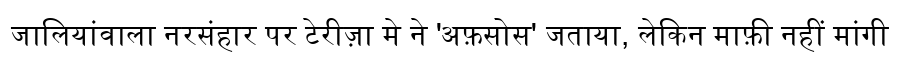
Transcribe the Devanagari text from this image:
जालियांवाला नरसंहार पर टेरीज़ा मे ने 'अफ़सोस' जताया, लेकिन माफ़ी नहीं मांगी